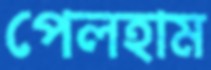
পেলহাম